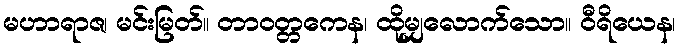
မဟာရာဇ၊ မင်းမြတ်။ တာဝတ္တကေန၊ ထိုမျှလောက်သော။ ဝီရိယေန၊